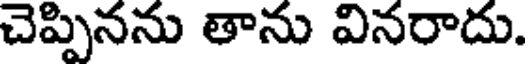
చెప్పినను తాను వినరాదు.